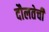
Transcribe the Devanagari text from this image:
दौलतेची